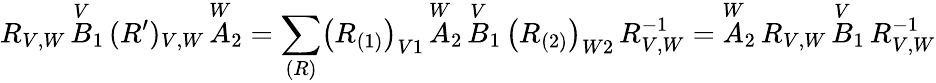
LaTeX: R_{V,W}\, \overset{V}{B}_{1}\, (R^{\prime})_{V,W}\, \overset{W}{A}_{2}=\sum_{(R)}\bigl(R_{(1)}\bigr)_{V1}\, \overset{W}{A}_{2}\, \overset{V}{B}_{1}\, \bigl(R_{(2)}\bigr)_{W2}\, R_{V,W}^{-1}=\overset{W}{A}_{2}\, R_{V,W}\, \overset{V}{B}_{1}\, R_{V,W}^{-1}